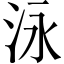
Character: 泳